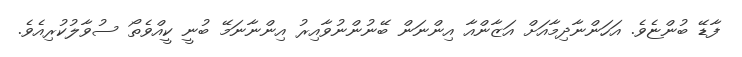
ފާޑޭ ބުންޏެވެ. އަހަންނާދިމާއަށް އަޒާންއާ އިންނަން ބޭނުންނުވާއިރު އިންނާނަމޭ ބުނީ ކީއްވެތޯ ސުވާލުކުރިއެވެ.